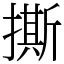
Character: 撕